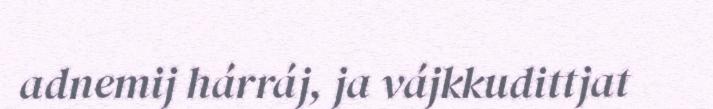
adnemij hárráj, ja vájkkudittjat